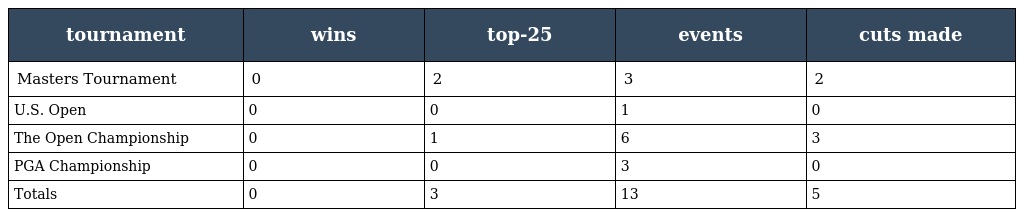
| tournament | wins | top-25 | events | cuts made |
 | --- | --- | --- | --- | --- |
 | Masters Tournament | 0 | 2 | 3 | 2 |
 | U.S. Open | 0 | 0 | 1 | 0 |
 | The Open Championship | 0 | 1 | 6 | 3 |
 | PGA Championship | 0 | 0 | 3 | 0 |
 | Totals | 0 | 3 | 13 | 5 |